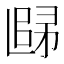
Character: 𲉒